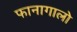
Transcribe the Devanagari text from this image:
फानागालो